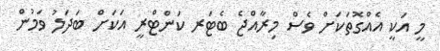
މީ އަކީ އެއްގޮތަކަށް ވެސް މިރާއްޖެ ބެޓަރ ކަންޓްރީ އަކަށް ބަދަލު ވަމުން